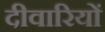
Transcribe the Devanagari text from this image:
दीवारियों